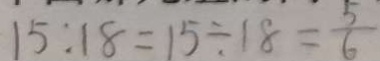
1 5 : 1 8 = 1 5 \div 1 8 = \frac { 5 } { 6 }